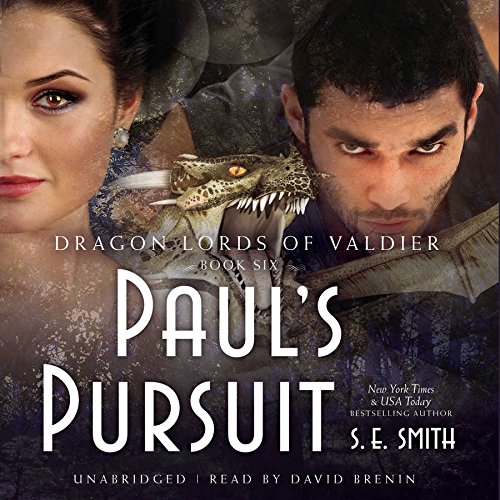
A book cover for Paul's Pursuit  (Dragon Lords of Valdier Series, Book 6); S. E. Smith; Romance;